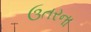
ઉતરના